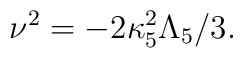
\nu^2=-2\kappa^2_5\Lambda_5/3.